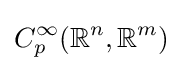
C_{p}^{\infty }({\mathbb {R} }^{n},{\mathbb {R} }^{m})